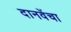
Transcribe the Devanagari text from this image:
दानवेंचा